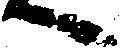
へ